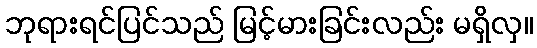
ဘုရားရင်ပြင်သည် မြင့်မားခြင်းလည်း မရှိလှ။